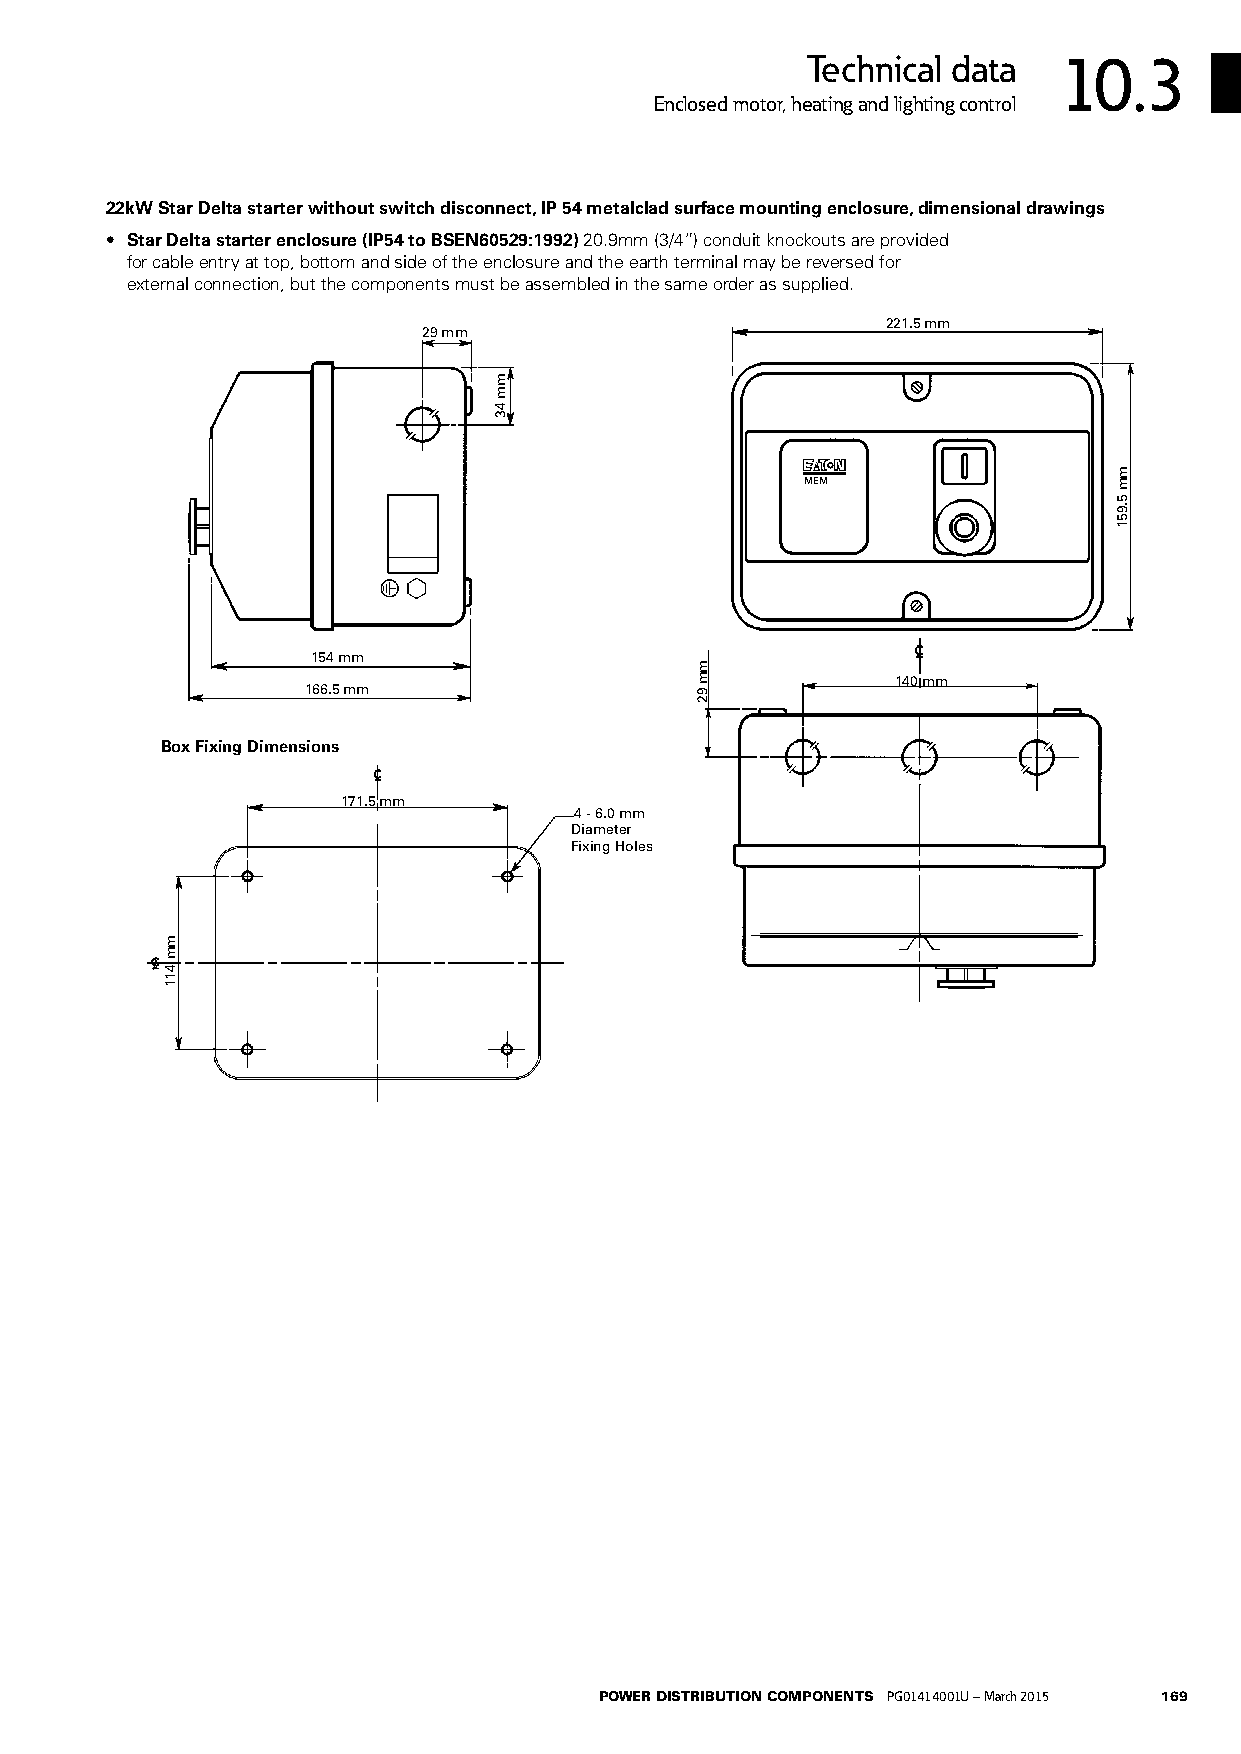
Technical data   10.3
 Enclosed motor, heating and lighting control
 22kW Star Delta starter without switch disconnect, IP 54 metalclad surface mounting enclosure, dimensional drawings
 • Star Delta starter enclosure (IP54 to BSEN60529:1992) 20.9mm (3/4”) conduit knockouts are provided
 for cable entry at top, bottom and side of the enclosure and the earth terminal may be reversed for
 external connection, but the components must be assembled in the same order as supplied.
 221.5 mm
 29 mm*
 MEM
 154 mm
 140 mm
 166.5 mm                               (155 mm)
 = =
 Box Fixing Dimensions
 171.5 mm
 4 - 6.0 mm
 = =           Diameter
 Fixing Holes
 STAR DELTA STARTER ENCLOSURE (IP54 to BSEN60529:1992).
 8 X 20.9mm (3/4”) conduit knockouts are provided for cable entry at top, bottom and side of the enclosure and
 The earth terminal may be reversed for external connection but the components must be assembled in the
 same order as supplied.
 OUTLINE AND KNOCKOUT DIMENSIONS
 View shows type 28/48SDA2X18
 Dimensions in brackets ( ) are for types
 28/48SDA3X25 and 28/48SDA3X32
 POWER DISTRIBUTION COMPONENTS PG01414001U – March 2015 169
 mm
 411
 =
 =
 mm
 43
 mm
 92
 )mm
 35(
 mm
 5.951